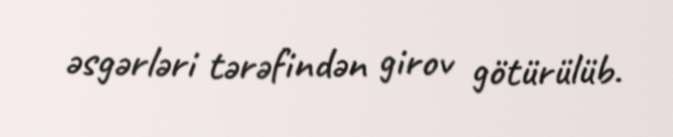
əsgərləri tərəfindən girov götürülüb.